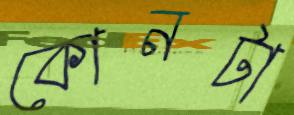
কোনটা